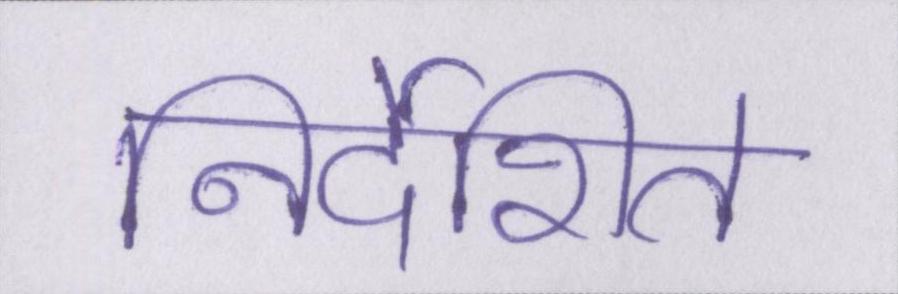
निर्देशित